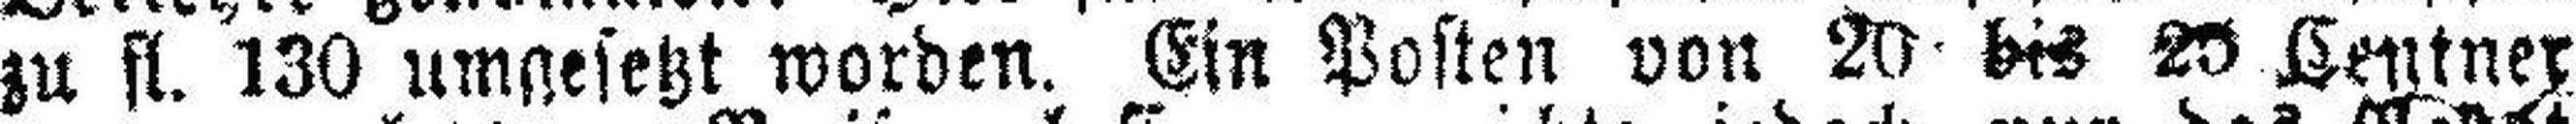
zu fl. 130 umgesetzt worden. Ein Posten von 20 bis 25 Centner